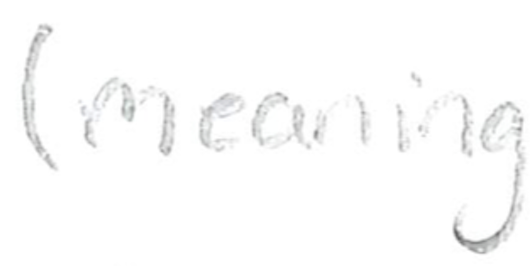
Text: (meaning
Cross-out: clean
Writing tool: pencil